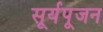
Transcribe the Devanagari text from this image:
सूर्यपूजन